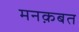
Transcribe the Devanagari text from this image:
मनक़बत